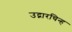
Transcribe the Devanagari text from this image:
उद्गारचिन्ह